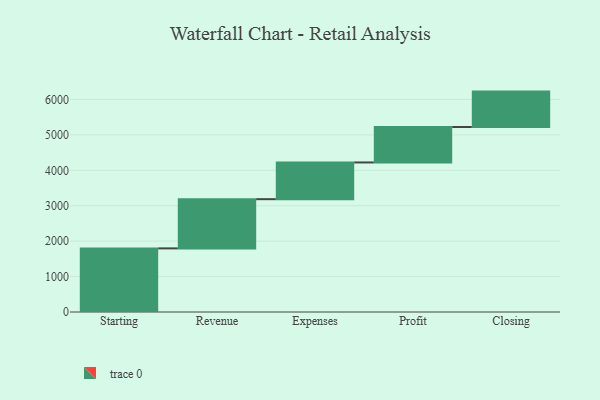
{"axis": {"x": "Step", "y": "Value"}, "legend": [""], "data": [{"x": "Starting", "y": 1796.0, "type": ""}, {"x": "Revenue", "y": 1389.0, "type": ""}, {"x": "Expenses", "y": 1037.0, "type": ""}, {"x": "Profit", "y": 1000, "type": ""}, {"x": "Closing", "y": 1000, "type": ""}]}